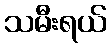
သမီးရယ်